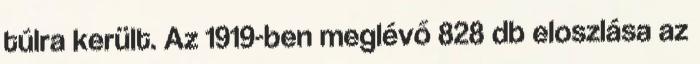
túlra került. Az 1919-ben meglévő 828 db eloszlása az